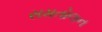
સમતોલન